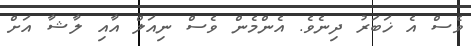
ވެސް އެ ޚަބަރު ދިނެވެ. އެންމެން ވެސް ނިއަލް އާއި ލާޝާ އަށް